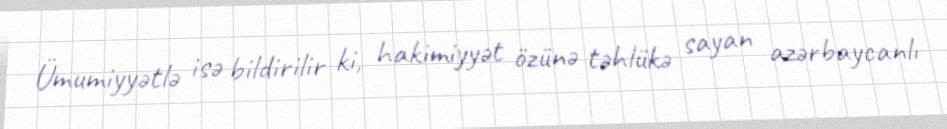
Ümumiyyətlə isə bildirilir ki, hakimiyyət özünə təhlükə sayan azərbaycanlı